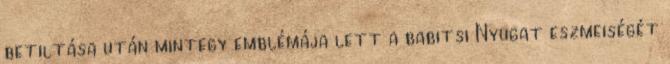
betiltása után mintegy emblémája lett a babitsi Nyugat eszmeiségét